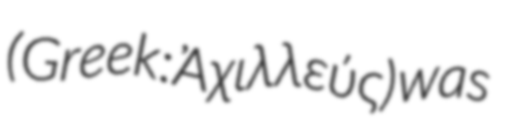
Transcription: (Greek: Ἀχιλλεύς) was